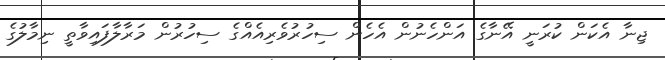
ޖިނާ އެކަން ކުރަނީ އޭނާގެ އަންހެނުން އެހެން ސިހުރުވެރިއެއްގެ ސިހުރުން މަރާލާފައިވާތީ ނިމާލުގެ